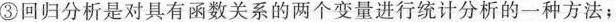
③回归分析是对具有函数关系的两个变量进行统计分析的一种方法；